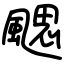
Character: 颸